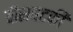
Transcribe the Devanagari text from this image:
वीसषटकी